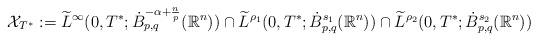
LaTeX: \begin{align*} \mathcal{X}_{T^{*}}:=\widetilde{L}^{\infty}(0,T^{*}; \dot{B}^{-\alpha+\frac{n}{p}}_{p,q}(\mathbb{R}^{n}))\cap\widetilde{L}^{\rho_{1}}(0,T^{*}; \dot{B}^{s_1}_{p,q}(\mathbb{R}^{n})) \cap\widetilde{L}^{\rho_{2}}(0,T^{*}; \dot{B}^{s_2}_{p,q}(\mathbb{R}^{n})) \end{align*}